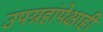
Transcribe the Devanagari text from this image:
उपग्रहांपेक्षाही